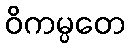
ဝိကမ္ပတေ